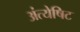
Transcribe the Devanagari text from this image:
अंत्येषिट